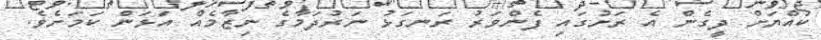
ކުއްޔަށް ދީގެން އެ ރަށުގައި ފެންވަރު ރަނގަޅު ނަރުދަމާގެ ނިޒާމެއް އަޅަން ކަމަށެވެ.